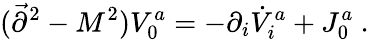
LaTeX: (\vec{\partial}^{2}-M^{2})V_{0}^{a}=-\partial_{i}\dot{V}_{i}^{a}+J_{0}^{a}~.